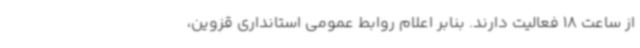
از ساعت 18 فعالیت دارند. بنابر اعلام روابط عمومی استانداری قزوین،